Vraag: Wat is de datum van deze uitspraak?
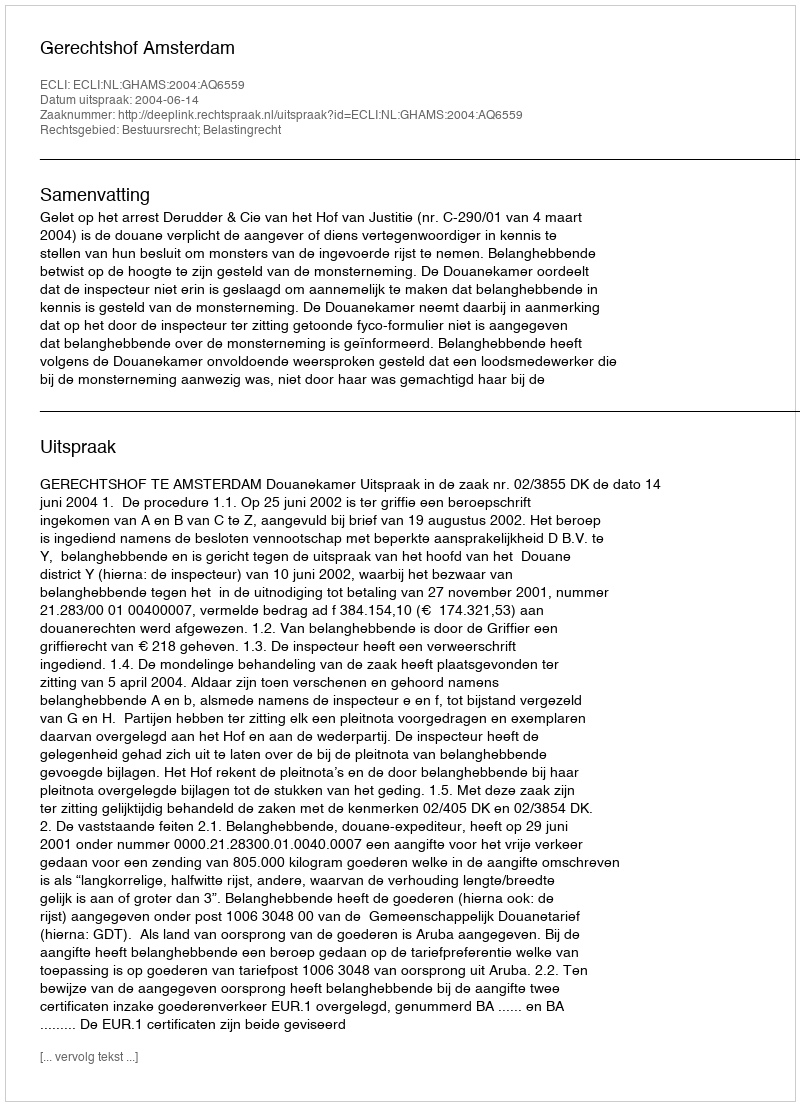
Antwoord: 2004-06-14